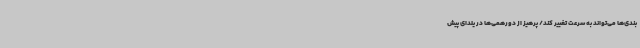
‌بندی‌ها می‌تواند به سرعت تغییر کند/ پرهیز از دورهمی‌ها در یلدای پیش